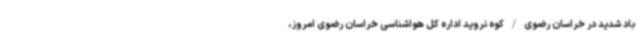
باد شدید در خراسان رضوی/کوه نروید اداره کل هواشناسی خراسان رضوی امروز،